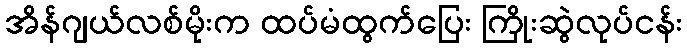
အိန်ဂျယ်လစ်မိုးက ထပ်မံထွက်ပြေး ကြိုးဆွဲလုပ်ငန်း